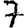
Digit: 7